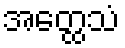
အတ္ထေသံ